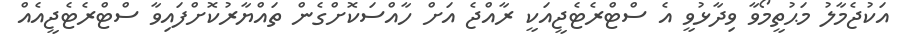
އަކުޖެމާލު މަޙުތީމޯވާ ވިދާޅުވީ އެ ސްޓްރެޓެޖީއަކީ ރާއްޖެ އަށް ހާއްސަކޮށްގެން ތައްޔާރުކޮށްފައިވާ ސްޓްރެޓެޖީއެއް